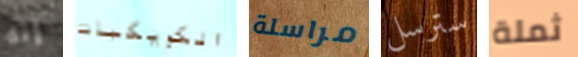
إنه الكويكبات مراسلة سترسل ثملة